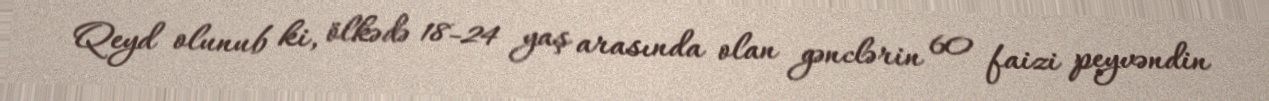
Qeyd olunub ki, ölkədə 18-24 yaş arasında olan gənclərin 60 faizi peyvəndin